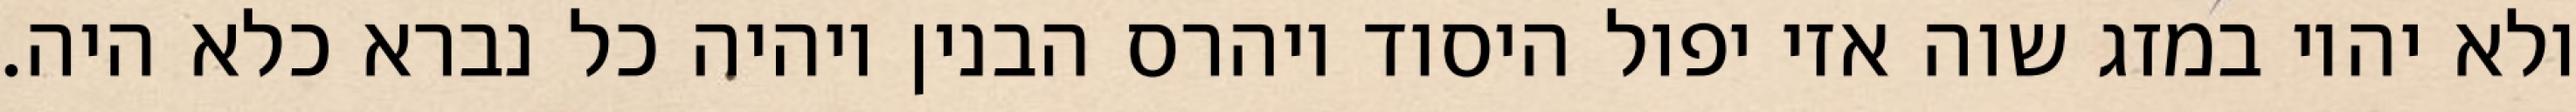
ולא יהיו במזג שוה אזי יפול היסוד ויהרס הבנין ויהיה כל נברא כלא היה.